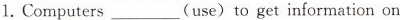
⒈. Computers ___ (use) to get information on